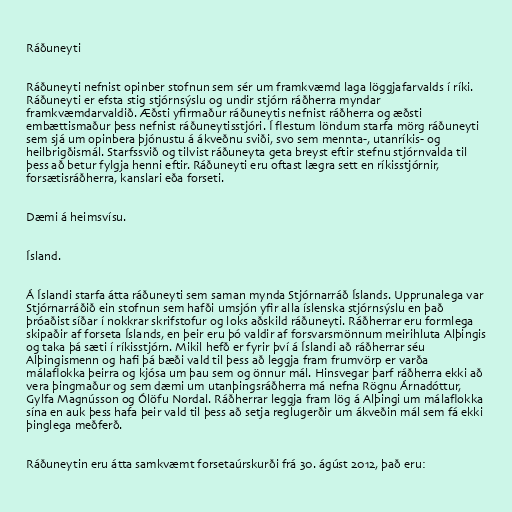
Ráðuneyti

Ráðuneyti nefnist opinber stofnun sem sér um framkvæmd laga löggjafarvalds í ríki.
Ráðuneyti er efsta stig stjórnsýslu og undir stjórn ráðherra myndar
framkvæmdarvaldið. Æðsti yfirmaður ráðuneytis nefnist ráðherra og æðsti
embættismaður þess nefnist ráðuneytisstjóri. Í flestum löndum starfa mörg ráðuneyti
sem sjá um opinbera þjónustu á ákveðnu sviði, svo sem mennta-, utanríkis- og
heilbrigðismál. Starfssvið og tilvist ráðuneyta geta breyst eftir stefnu stjórnvalda til
þess að betur fylgja henni eftir. Ráðuneyti eru oftast lægra sett en ríkisstjórnir,
forsætisráðherra, kanslari eða forseti.

Dæmi á heimsvísu.

Ísland.

Á Íslandi starfa átta ráðuneyti sem saman mynda Stjórnarráð Íslands. Upprunalega var
Stjórnarráðið ein stofnun sem hafði umsjón yfir alla íslenska stjórnsýslu en það
þróaðist síðar í nokkrar skrifstofur og loks aðskild ráðuneyti. Ráðherrar eru formlega
skipaðir af forseta Íslands, en þeir eru þó valdir af forsvarsmönnum meirihluta Alþingis
og taka þá sæti í ríkisstjórn. Mikil hefð er fyrir því á Íslandi að ráðherrar séu
Alþingismenn og hafi þá bæði vald til þess að leggja fram frumvörp er varða
málaflokka þeirra og kjósa um þau sem og önnur mál. Hinsvegar þarf ráðherra ekki að
vera þingmaður og sem dæmi um utanþingsráðherra má nefna Rögnu Árnadóttur,
Gylfa Magnússon og Ólöfu Nordal. Ráðherrar leggja fram lög á Alþingi um málaflokka
sína en auk þess hafa þeir vald til þess að setja reglugerðir um ákveðin mál sem fá ekki
þinglega meðferð.

Ráðuneytin eru átta samkvæmt forsetaúrskurði frá 30. ágúst 2012, það eru: